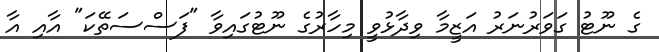
ގެ ނޫޓު ގަވަރުނަރު އަޒީމާ ވިދާޅުވީ މިހާރުގެ ނޫޓުގައިވާ "ފަސްސަތޭކަ" އާއި އާ